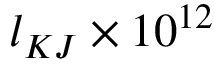
l _ { K J } \times 1 0 ^ { 1 2 }